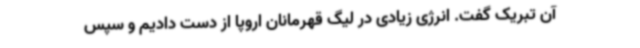
آن تبریک گفت. انرژی زیادی در لیگ قهرمانان اروپا از دست دادیم و سپس